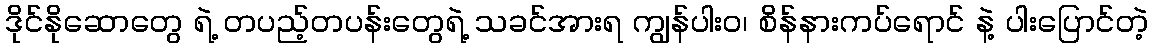
ဒိုင်နိုဆောတွေ ရဲ့ တပည့်တပန်းတွေရဲ့ သခင်အားရ ကျွန်ပါးဝ၊ စိန်နားကပ်ရောင် နဲ့ ပါးပြောင်တဲ့